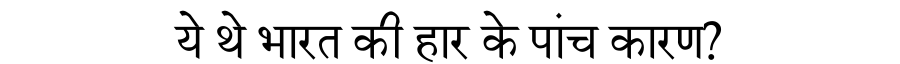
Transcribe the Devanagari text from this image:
ये थे भारत की हार के पांच कारण?